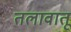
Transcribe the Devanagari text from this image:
तलावातू